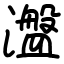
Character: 瀊